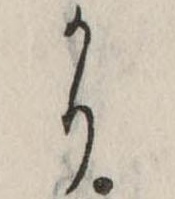
かり